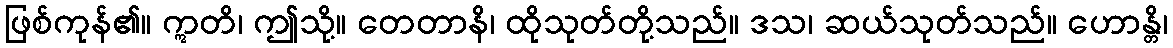
ဖြစ်ကုန်၏။ ဣတိ၊ ဤသို့။ တေတာနိ၊ ထိုသုတ်တို့သည်။ ဒသ၊ ဆယ်သုတ်သည်။ ဟောန္တိ၊